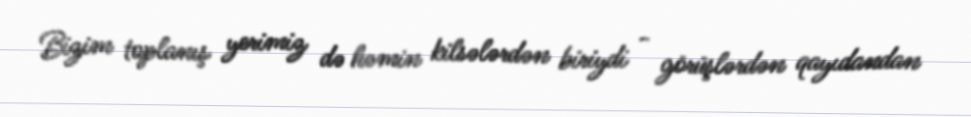
Bizim toplanış yerimiz də həmin kilsələrdən biriydi - görüşlərdən qayıdandan